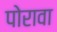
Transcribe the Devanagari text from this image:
पोरावा